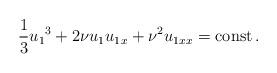
LaTeX: \begin{align*} \frac{1}{3} {u_1}^3+ 2 \nu {u_1} {u_1}_{x}+\nu^2 {u_1}_{xx}=\mathrm{const} \, .\end{align*}